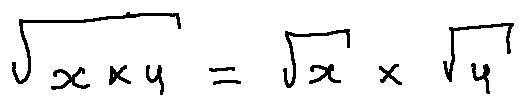
\sqrt { x \times y } = \sqrt { x } \times \sqrt { y }